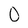
Character: 0